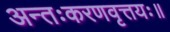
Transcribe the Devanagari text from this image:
अन्तःकरणवृत्तयः॥